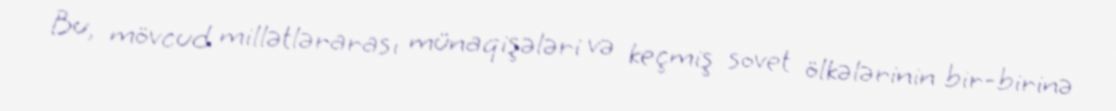
Bu, mövcud millətlərarası münaqişələri və keçmiş sovet ölkələrinin bir-birinə